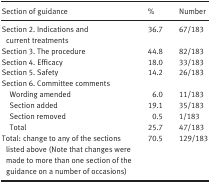
<table><thead><tr><td><b>Section of guidance</b></td><td><b>%</b></td><td><b>Number</b></td></tr></thead><tbody><tr><td>Section 2. Indications and current treatments</td><td>36.7</td><td>67/183</td></tr><tr><td>Section 3. The procedure</td><td>44.8</td><td>82/183</td></tr><tr><td>Section 4. Efficacy</td><td>18.0</td><td>33/183</td></tr><tr><td>Section 5. Safety</td><td>14.2</td><td>26/183</td></tr><tr><td colspan="3">Section 6. Committee comments</td></tr><tr><td>Wording amended</td><td>6.0</td><td>11/183</td></tr><tr><td>Section added</td><td>19.1</td><td>35/183</td></tr><tr><td>Section removed</td><td>0.5</td><td>1/183</td></tr><tr><td>Total</td><td>25.7</td><td>47/183</td></tr><tr><td>Total: change to any of the sections listed above (Note that changes were made to more than one section of the guidance on a number of occasions)</td><td>70.5</td><td>129/183</td></tr></tbody></table>